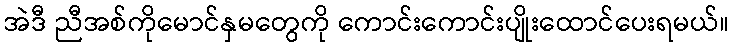
အဲဒီ ညီအစ်ကိုမောင်နှမတွေကို ကောင်းကောင်းပျိုးထောင်ပေးရမယ်။